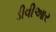
ડીવીઆર